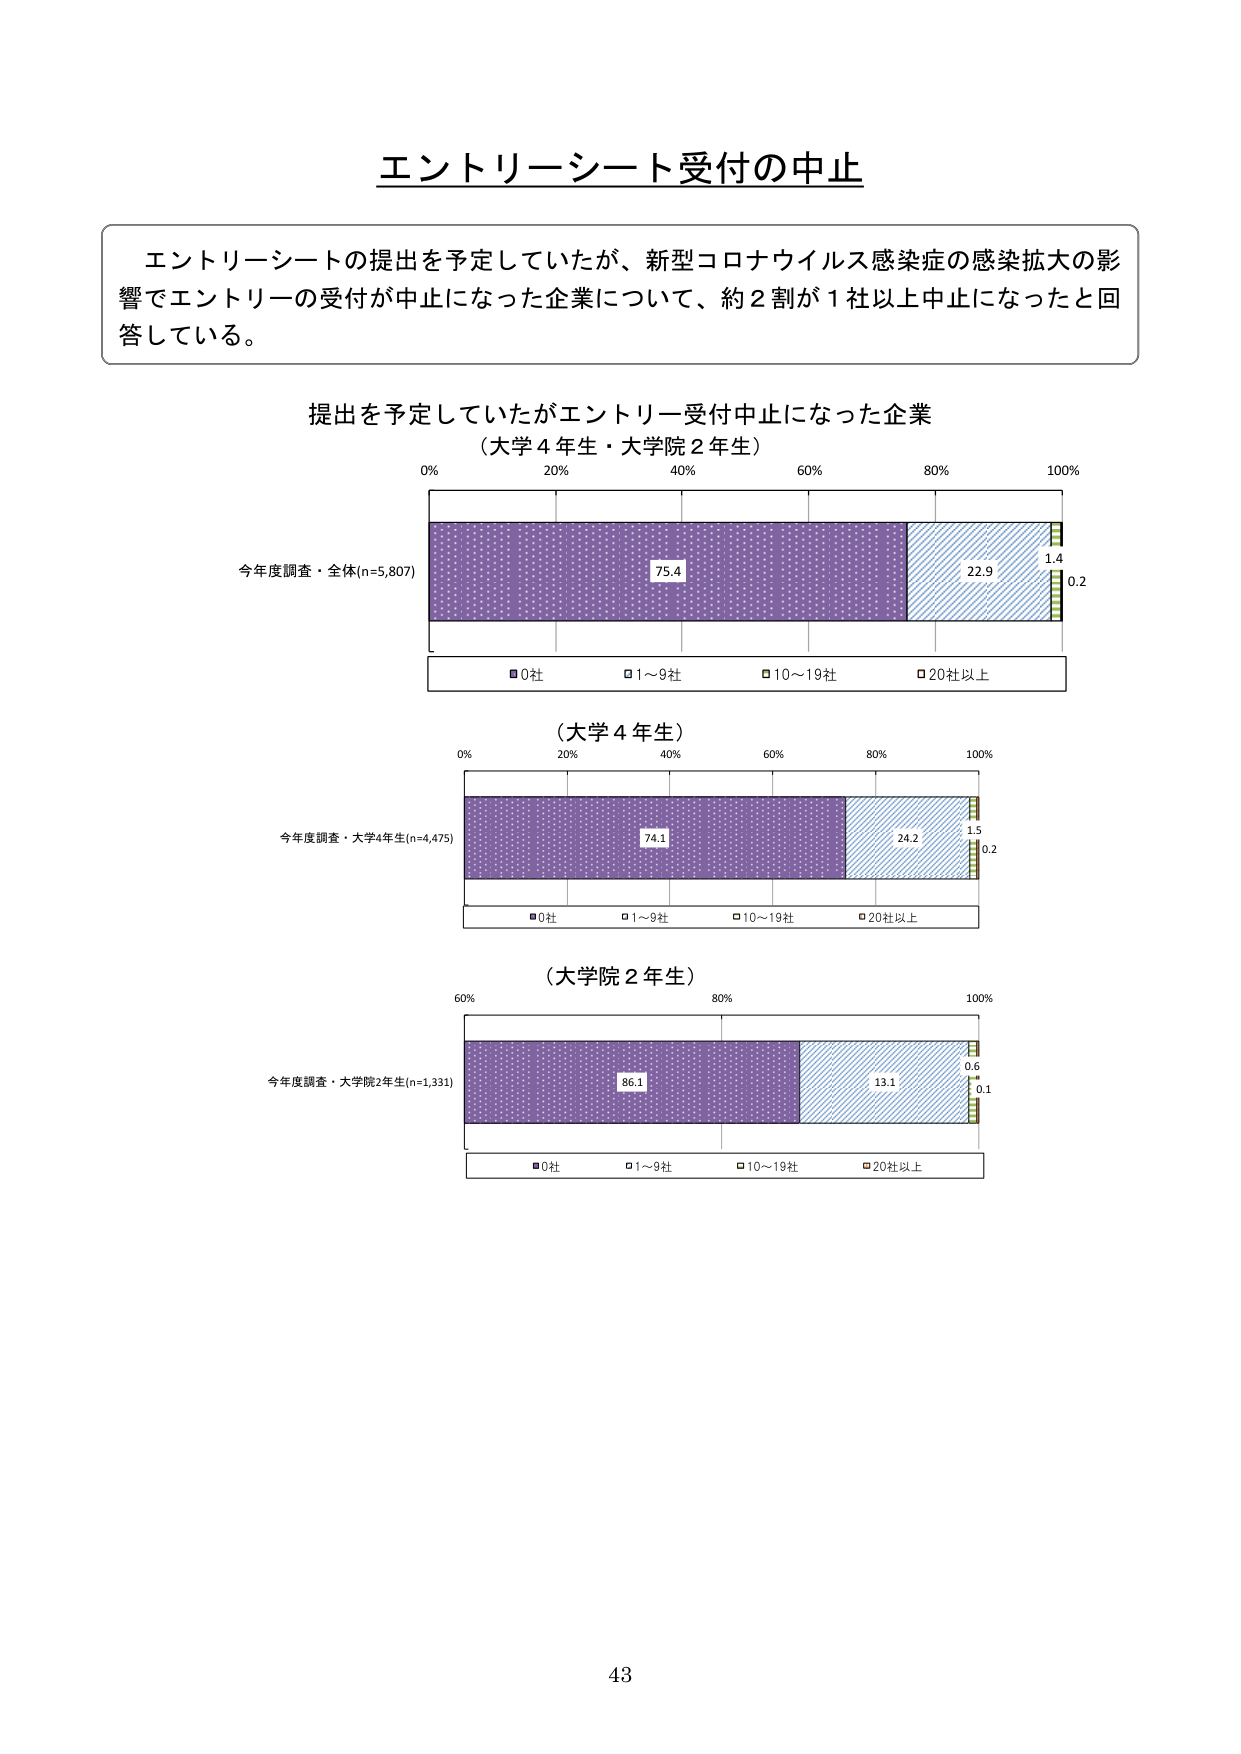
エントリーシート受付の中止

エントリーシートの提出を予定していたが、新型コロナウイルス感染症の感染拡大の影響でエントリーの受付が中止になった企業について、約2割が1社以上中止になったと回答している。

提出を予定していたがエントリー受付中止になった企業
（大学4年生・大学院2年生）

0% 20% 40% 60% 80% 100%

今年度調査・全体(n=5,807)
75.4 22.9 1.4 0.2

■0社 □1～9社 □10～19社 □20社以上

（大学4年生）

0% 20% 40% 60% 80% 100%

今年度調査・大学4年生(n=4,475)
74.1 24.2 1.5 0.2

■0社 □1～9社 □10～19社 □20社以上

（大学院2年生）

60% 80% 100%

今年度調査・大学院2年生(n=1,331)
86.1 13.1 0.6 0.1

■0社 □1～9社 □10～19社 □20社以上

43